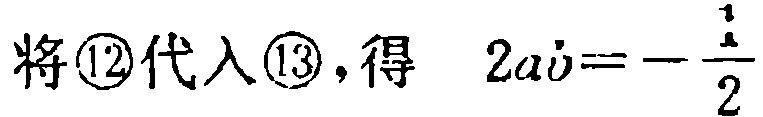
将\textcircled{12}代入\textcircled{13}, 得 \(2a\dot{v}=-\frac{1}{2}\)